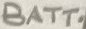
Text: BATT.